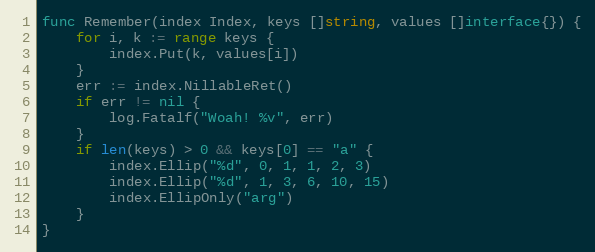
Language: Go
func Remember(index Index, keys []string, values []interface{}) {
	for i, k := range keys {
		index.Put(k, values[i])
	}
	err := index.NillableRet()
	if err != nil {
		log.Fatalf("Woah! %v", err)
	}
	if len(keys) > 0 && keys[0] == "a" {
		index.Ellip("%d", 0, 1, 1, 2, 3)
		index.Ellip("%d", 1, 3, 6, 10, 15)
		index.EllipOnly("arg")
	}
}